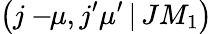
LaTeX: \left(j-\! \! \mu,j^{\prime}\mu^{\prime}\, |\, JM_{1}\right)